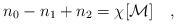
LaTeX: \begin{align*}n_0-n_1+n_2= \chi[{\cal M}]~~~,\end{align*}